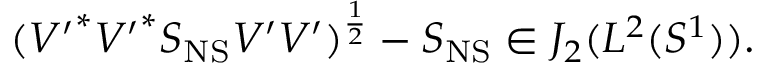
( { V ^ { \prime } } ^ { * } { V ^ { \prime } } ^ { * } S _ { \mathrm { N S } } V ^ { \prime } V ^ { \prime } ) ^ { \frac { 1 } { 2 } } - S _ { \mathrm { N S } } \in { \cal J } _ { 2 } ( L ^ { 2 } ( S ^ { 1 } ) ) .